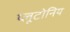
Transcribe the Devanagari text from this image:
प्लूटोनिय